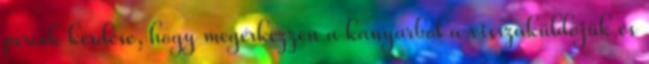
percek kérdése, hogy megérkezzen a kanyarból a visszaküldőjük és